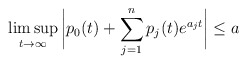
\begin{align*}\limsup_{t \rightarrow \infty} \bigg{|} p_0 (t) + \sum_{j =1}^{n} p_j (t) e^{a_j t} \bigg{|} \leq a\end{align*}